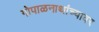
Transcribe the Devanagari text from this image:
गोपाळनाथांच्यावर